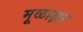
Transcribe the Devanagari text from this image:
मूळाक्षर